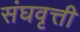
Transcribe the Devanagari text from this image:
संघवृत्ती